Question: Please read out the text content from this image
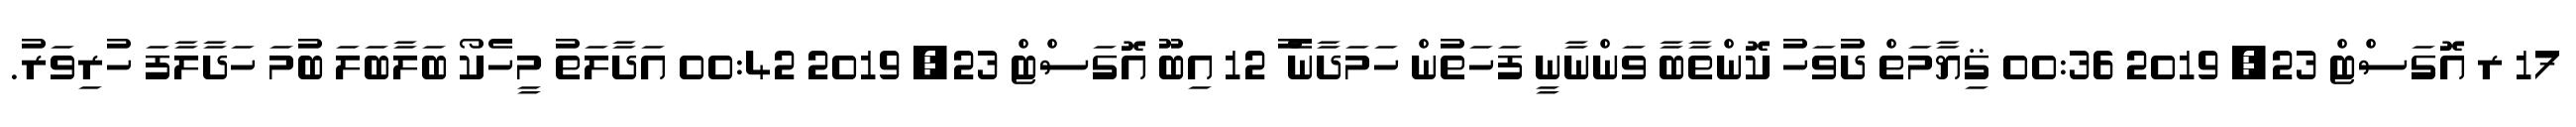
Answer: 17 ރ އޮގަސްޓް 23, 2019 00:36 ޤިޔާމަތް ދުވަހު ކޮންތާބާ ވަންނާނީ ފަހަތުން ހަމަދާނެ ު 12 އިބޫ އޮގަސްޓް 23, 2019 00:42 އަދާލަތު މީހެކޯ ބަލާބަލަ ބުމަ ހަދާލާފަ ހުރިވަރު.